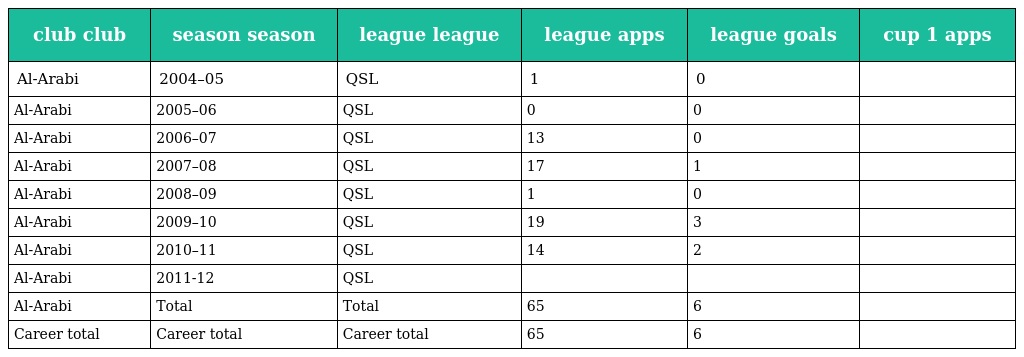
| club club | season season | league league | league apps | league goals | cup 1 apps |
 | --- | --- | --- | --- | --- | --- |
 | Al-Arabi | 2004–05 | QSL | 1 | 0 |  |
 | Al-Arabi | 2005–06 | QSL | 0 | 0 |  |
 | Al-Arabi | 2006–07 | QSL | 13 | 0 |  |
 | Al-Arabi | 2007–08 | QSL | 17 | 1 |  |
 | Al-Arabi | 2008–09 | QSL | 1 | 0 |  |
 | Al-Arabi | 2009–10 | QSL | 19 | 3 |  |
 | Al-Arabi | 2010–11 | QSL | 14 | 2 |  |
 | Al-Arabi | 2011-12 | QSL |  |  |  |
 | Al-Arabi | Total | Total | 65 | 6 |  |
 | Career total | Career total | Career total | 65 | 6 |  |